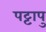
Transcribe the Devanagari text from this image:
पट्टापु